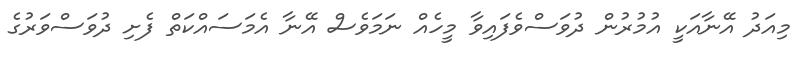
މިއަދު އޭނާއަކީ އުމުރުން ދުވަސްވެފައިވާ މީހެއް ނަމަވެސް އޭނާ އެމަސައްކަތް ފެށި ދުވަސްވަރުގެ